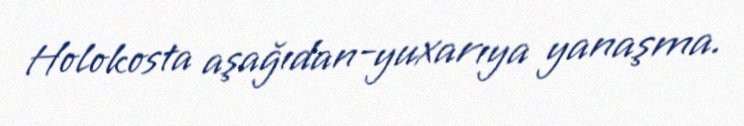
Holokosta aşağıdan-yuxarıya yanaşma.